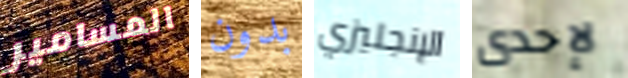
المسامير بدون الإنجليزي لإحدى